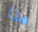
هذا